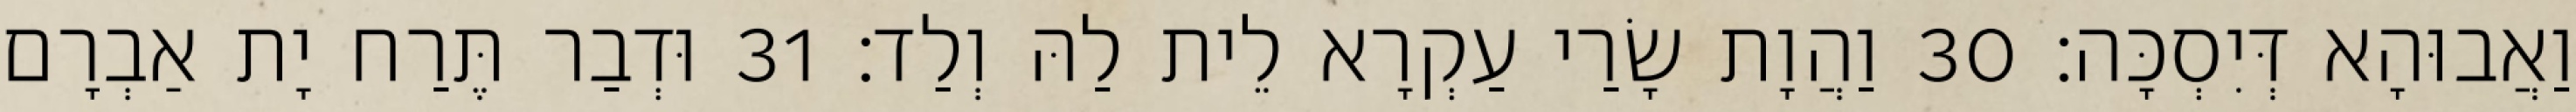
וַאֲבוּהָא דְּיִסְכָּה׃ 30 וַהֲוָת שָׂרַי עַקְרָא לֵית לַהּ וְלַד׃ 31 וּדְבַר תֶּרַח יָת אַבְרָם